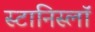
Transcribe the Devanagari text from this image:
स्टानिस्लॉ